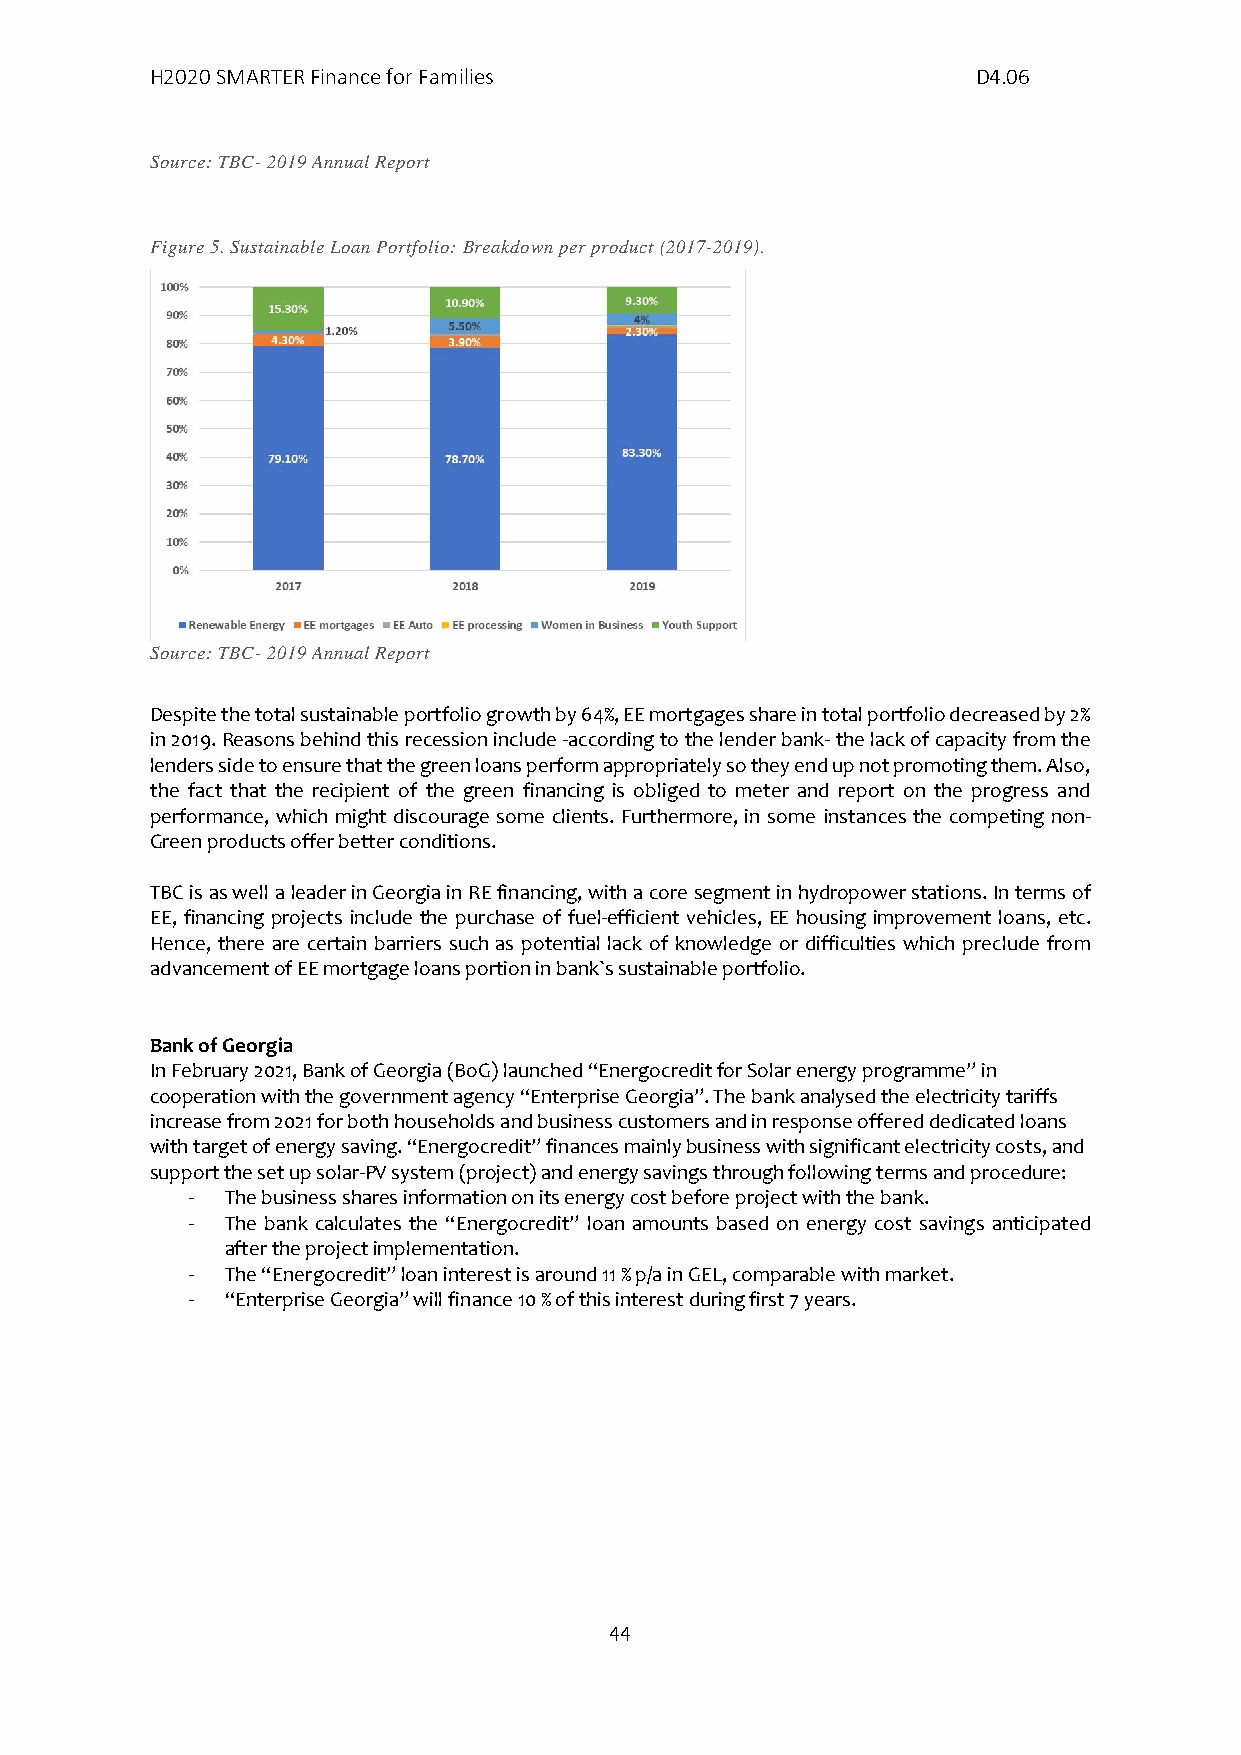
H2020 SMARTER Finance for Families                     D4.06
 Source: TBC- 2019 Annual Report
 Figure 5. Sustainable Loan Portfolio: Breakdown per product (2017-2019).
 Source: TBC- 2019 Annual Report
 Despite the total sustainable portfolio growth by 64%, EE mortgages share in total portfolio decreased by 2%
 in 2019. Reasons behind this recession include -according to the lender bank- the lack of capacity from the
 lenders side to ensure that the green loans perform appropriately so they end up not promoting them. Also,
 the fact that the recipient of the green financing is obliged to meter and report on the progress and
 performance, which might discourage some clients. Furthermore, in some instances the competing non-
 Green products offer better conditions.
 TBC is as well a leader in Georgia in RE financing, with a core segment in hydropower stations. In terms of
 EE, financing projects include the purchase of fuel-efficient vehicles, EE housing improvement loans, etc.
 Hence, there are certain barriers such as potential lack of knowledge or difficulties which preclude from
 advancement of EE mortgage loans portion in bank`s sustainable portfolio.
 Bank of Georgia
 In February 2021, Bank of Georgia (BoG) launched “Energocredit for Solar energy programme” in
 cooperation with the government agency “Enterprise Georgia”. The bank analysed the electricity tariffs
 increase from 2021 for both households and business customers and in response offered dedicated loans
 with target of energy saving. “Energocredit” finances mainly business with significant electricity costs, and
 support the set up solar-PV system (project) and energy savings through following terms and procedure:
 -  The business shares information on its energy cost before project with the bank.
 -  The bank calculates the “Energocredit” loan amounts based on energy cost savings anticipated
 after the project implementation.
 -  The “Energocredit” loan interest is around 11 % p/a in GEL, comparable with market.
 -  “Enterprise Georgia” will finance 10 % of this interest during first 7 years.
 44